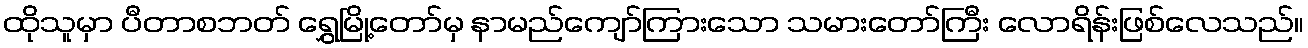
ထိုသူမှာ ပီတာစဘတ် ရွှေမြို့တော်မှ နာမည်ကျော်ကြားသော သမားတော်ကြီး လောရိန်းဖြစ်လေသည်။